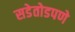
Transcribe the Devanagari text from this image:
सडेतोडपणे